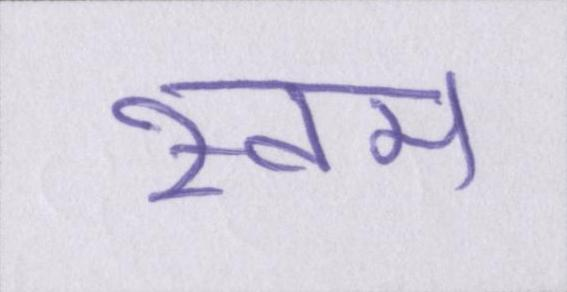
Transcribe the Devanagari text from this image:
स्वम